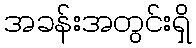
အခန်းအတွင်းရှိ